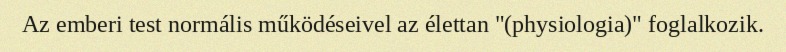
Az emberi test normális működéseivel az élettan "(physiologia)" foglalkozik.